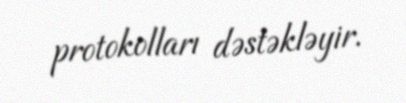
protokolları dəstəkləyir.